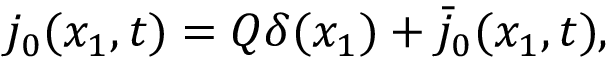
j _ { 0 } ( x _ { 1 } , t ) = Q \delta ( x _ { 1 } ) + \bar { j } _ { 0 } ( x _ { 1 } , t ) ,